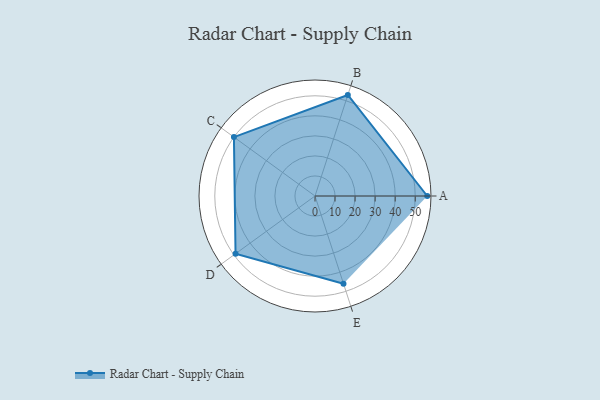
{"axis": {"x": "Skill", "y": "Score"}, "legend": ["Profile"], "data": [{"x": "A", "y": 56.0, "type": "Profile"}, {"x": "B", "y": 53.0, "type": "Profile"}, {"x": "C", "y": 50.0, "type": "Profile"}, {"x": "D", "y": 49.0, "type": "Profile"}, {"x": "E", "y": 46.0, "type": "Profile"}]}